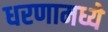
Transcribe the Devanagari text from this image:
धरणामध्ये